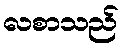
လစာသည်